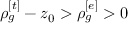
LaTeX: \rho _ { g } ^ { [ t ] } - z _ { 0 } > \rho _ { g } ^ { [ e ] } > 0